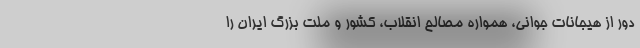
دور از هیجانات جوانی، همواره مصالح انقلاب، کشور و ملت بزرگ ایران را